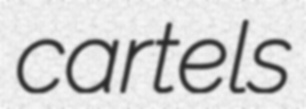
cartels